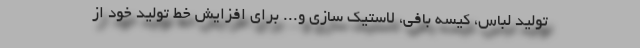
تولید لباس، کیسه بافی، لاستیک سازی و... برای افزایش خط تولید خود از